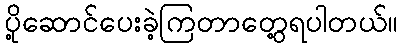
ပို့ဆောင်ပေးခဲ့ကြတာတွေ့ရပါတယ်။